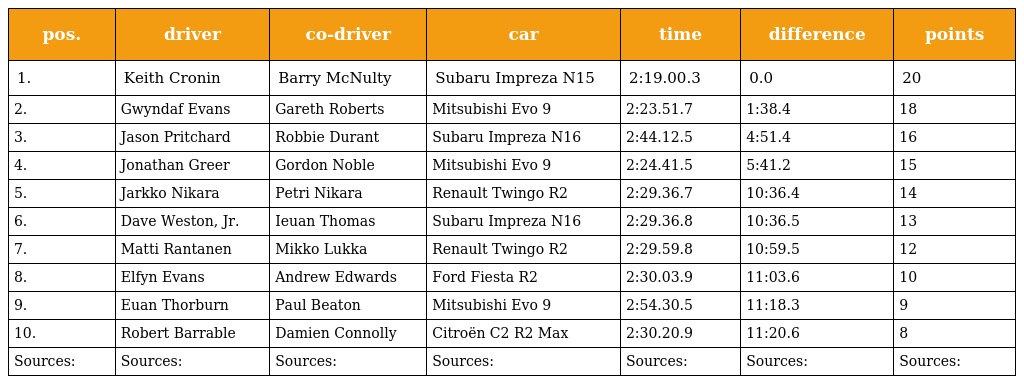
| pos. | driver | co-driver | car | time | difference | points |
 | --- | --- | --- | --- | --- | --- | --- |
 | 1. | Keith Cronin | Barry McNulty | Subaru Impreza N15 | 2:19.00.3 | 0.0 | 20 |
 | 2. | Gwyndaf Evans | Gareth Roberts | Mitsubishi Evo 9 | 2:23.51.7 | 1:38.4 | 18 |
 | 3. | Jason Pritchard | Robbie Durant | Subaru Impreza N16 | 2:44.12.5 | 4:51.4 | 16 |
 | 4. | Jonathan Greer | Gordon Noble | Mitsubishi Evo 9 | 2:24.41.5 | 5:41.2 | 15 |
 | 5. | Jarkko Nikara | Petri Nikara | Renault Twingo R2 | 2:29.36.7 | 10:36.4 | 14 |
 | 6. | Dave Weston, Jr. | Ieuan Thomas | Subaru Impreza N16 | 2:29.36.8 | 10:36.5 | 13 |
 | 7. | Matti Rantanen | Mikko Lukka | Renault Twingo R2 | 2:29.59.8 | 10:59.5 | 12 |
 | 8. | Elfyn Evans | Andrew Edwards | Ford Fiesta R2 | 2:30.03.9 | 11:03.6 | 10 |
 | 9. | Euan Thorburn | Paul Beaton | Mitsubishi Evo 9 | 2:54.30.5 | 11:18.3 | 9 |
 | 10. | Robert Barrable | Damien Connolly | Citroën C2 R2 Max | 2:30.20.9 | 11:20.6 | 8 |
 | Sources: | Sources: | Sources: | Sources: | Sources: | Sources: | Sources: |